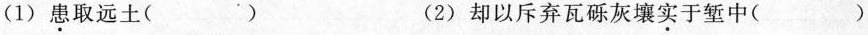
(1)患取远土( ) (2)却以斥弃瓦砾灰壤实于堑中()